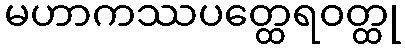
မဟာကဿပတ္ထေရဝတ္ထု